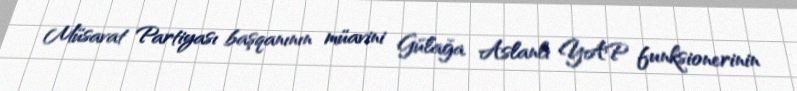
Müsavat Partiyası başqanının müavini Gülağa Aslanlı YAP funksionerinin